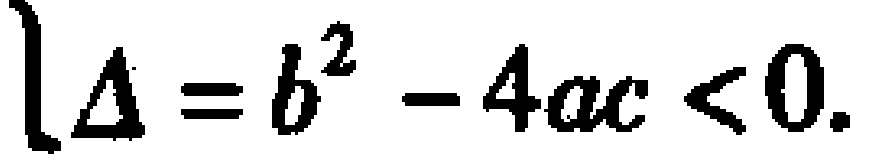
\(\Delta = b^{2} - 4ac < 0\)